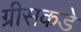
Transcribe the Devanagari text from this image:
ग्रीसकडे